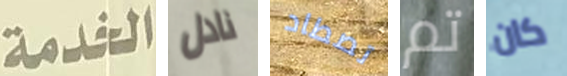
الخدمة نادل تصطاد تم كان